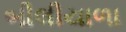
બીલીયાળા